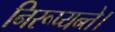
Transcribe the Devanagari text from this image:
निरूप्यन्ते।